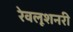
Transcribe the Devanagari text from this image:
रेवलूशनरी